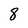
Character: 8